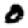
Digit: 0